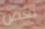
بعض